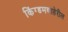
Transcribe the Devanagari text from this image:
किंग्डमबाहेरील